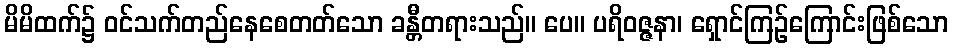
မိမိထက်၌ ဝင်သက်တည်နေစေတတ်သော ခန္တီတရားသည်။ ပေ။ ပရိဝဇ္ဇနာ၊ ရှောင်ကြဉ်ကြောင်းဖြစ်သော